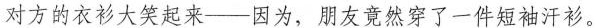
对方的衣衫大笑起来——因为，朋友竟然穿了一件短袖汗衫。